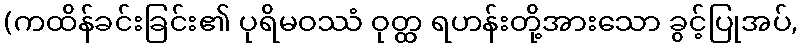
(ကထိန်ခင်းခြင်း၏ ပုရိမဝဿံ ဝုတ္ထ ရဟန်းတို့အားသော ခွင့်ပြုအပ်,